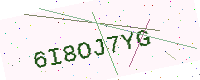
Text: 6I8OJ7YG